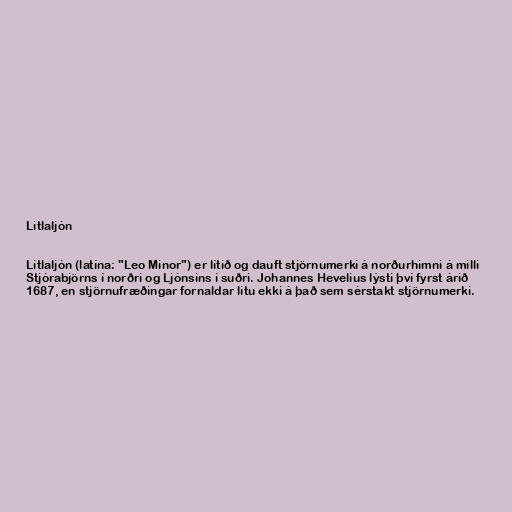
Litlaljón

Litlaljón (latína: "Leo Minor") er lítið og dauft stjörnumerki á norðurhimni á milli
Stjórabjörns í norðri og Ljónsins í suðri. Johannes Hevelius lýsti því fyrst árið
1687, en stjörnufræðingar fornaldar litu ekki á það sem sérstakt stjörnumerki.